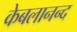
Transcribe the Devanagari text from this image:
केबलानन्द